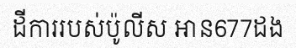
ដីការរបស់ប៉ូលីស អាន677ដង